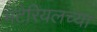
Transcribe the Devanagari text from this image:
मटेरियलच्या